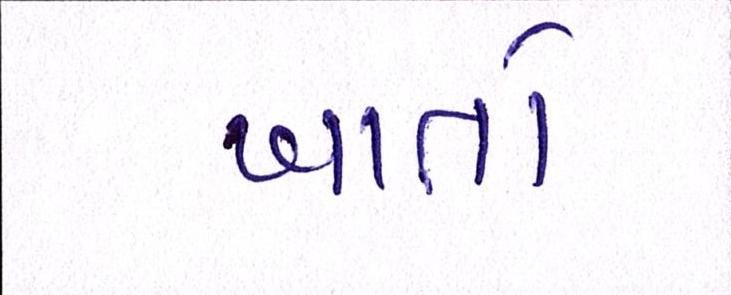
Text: ખાતો